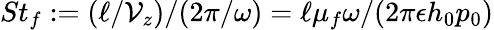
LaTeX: St_{f}:=(\ell/\mathcal{V}_{z})/(2\pi/\omega)=\ell\mu_{f}\omega/(2\pi\epsilon h_{0}p_{0})